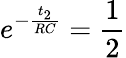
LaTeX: e^{-\frac{t_{2}}{RC}}=\frac{1}{2}